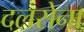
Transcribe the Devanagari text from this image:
दलसेना